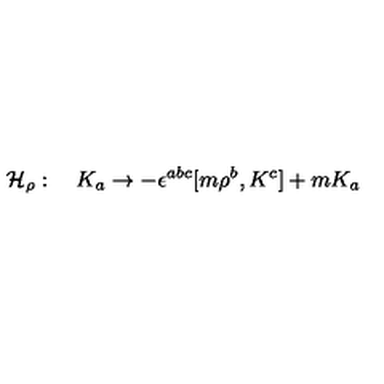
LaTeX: { \cal H } _ { \rho } : \quad K _ { a } \to - \epsilon ^ { a b c } [ m { \rho } ^ { b } , K ^ { c } ] + m K _ { a }